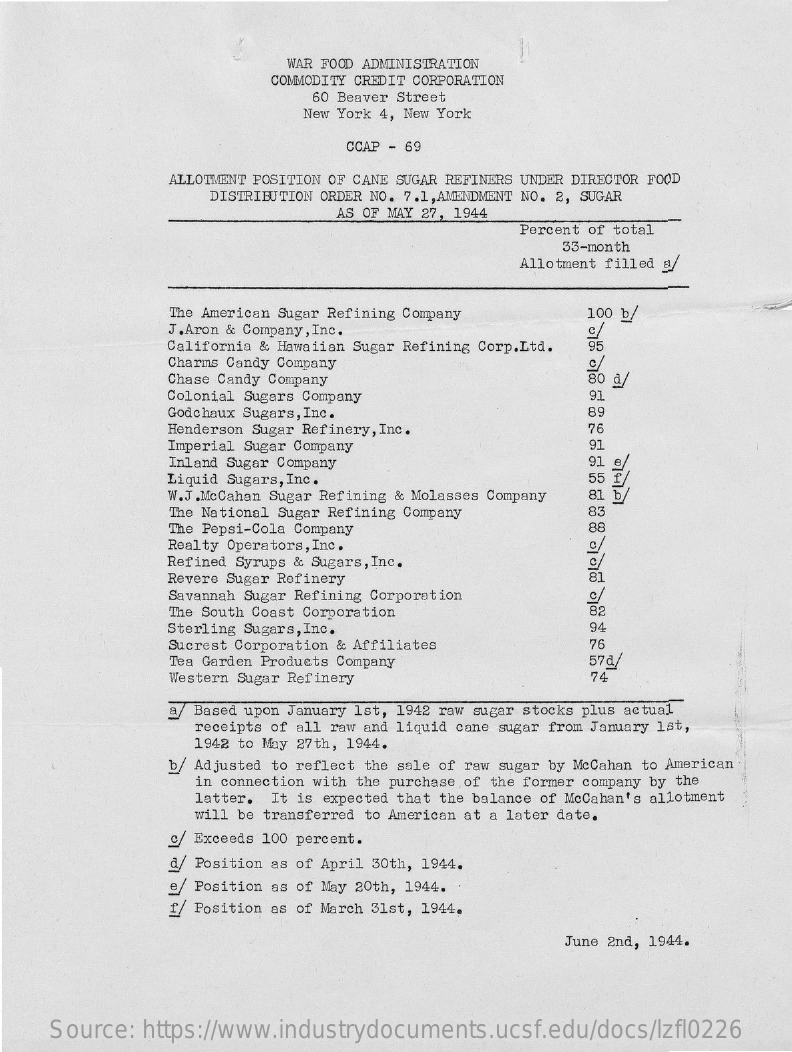
WAR FOOD ADMINISTRATION
     COMMODITY CREDIT CORPORATION
     60 Beaver Street
     New York 4, New York
     CCAP - 69
     ALLOTMENT POSITION OF CANE SUGAR REFINERS UNDER DIRECTOR FOOD
     DISTRIBUTION ORDER NO. 7.1, AMENDMENT NO. 2, SUGAR
     AS OF MAY 27, 1944
     Percent of total
     33-month
     Allotment filled a
     The American Sugar Refining Company 100 b/
     J.Aron & Company, Inc.
     California & Hawaiian Sugar Refining Corp.Ltd.
     c/
     95
     Charms Candy Company    C
     Chase Candy Company    80 d
     Colonial Sugars Company    91
     Godchaux Sugars, Inc.    89
     Henderson Sugar Refinery, Inc.    76
     Imperial Sugar Company    91
     Inland Sugar Company
     Liquid Sugars, Inc.
     91 e/
     55 £/
     W.J.McCahan Sugar Refining & Molasses Company 81 b/
     The National Sugar Refining Company 83
     The Pepsi-Cola Company    88
     Realty Operators, Inc.
     Refined Syrups & Sugars, Inc.    c/
     Revere Sugar Refinery    81
     Savannah Sugar Refining Corporation c/
     The South Coast Corporation    82
     Sterling Sugars, Inc.    94
     Sucrest Corporation & Affiliates    76
     Tea Garden Products Company    57d,
     Western Sugar Refinery    74
     Based upon January 1st, 1942 raw sugar stocks plus actual
     receipts of all raw and liquid cane sugar from January 1st,
     1942 to May 27th, 1944.
     b/ Adjusted to reflect the sale of raw sugar by McCahan to American
     in connection with the purchase of the former company by the
     latter. It is expected that the balance of McCahan's allotment
     will be transferred to American at a later date.
     c/ Exceeds 100 percent.
     a/ Position as of April 30th, 1944.
     e Position as of May 20th, 1944.
     f/ Position as of March 31st, 1944.
     June 2nd, 1944.
     Source: https://www.industrydocuments.ucsf.edu/docs/lzfl0226